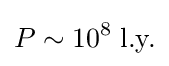
P\sim 10^{8}\;{\text{l.y.}}